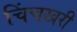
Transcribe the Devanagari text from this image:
चिंचखरी